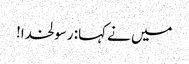
میں نے کہا: رسولخدا!